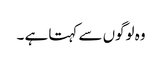
وہ لوگوں سے کہتا ہے ۔